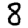
Digit: 8